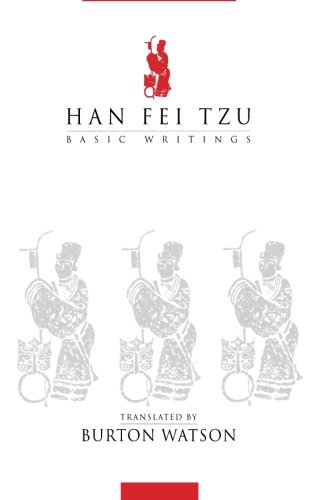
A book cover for Han Fei Tzu: Basic Writings; Law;